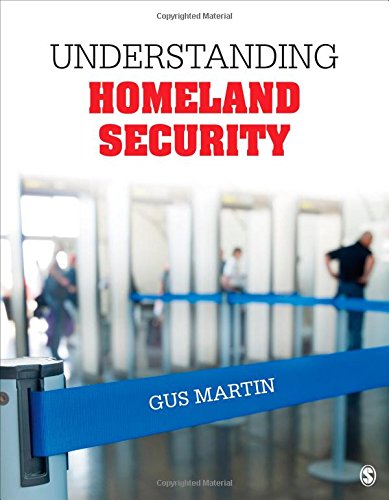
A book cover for Understanding Homeland Security; C. (Clarence) Augustus (Gus) Martin; Reference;